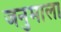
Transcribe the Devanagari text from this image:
जनुमाला